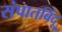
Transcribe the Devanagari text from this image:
संपातबिंदू